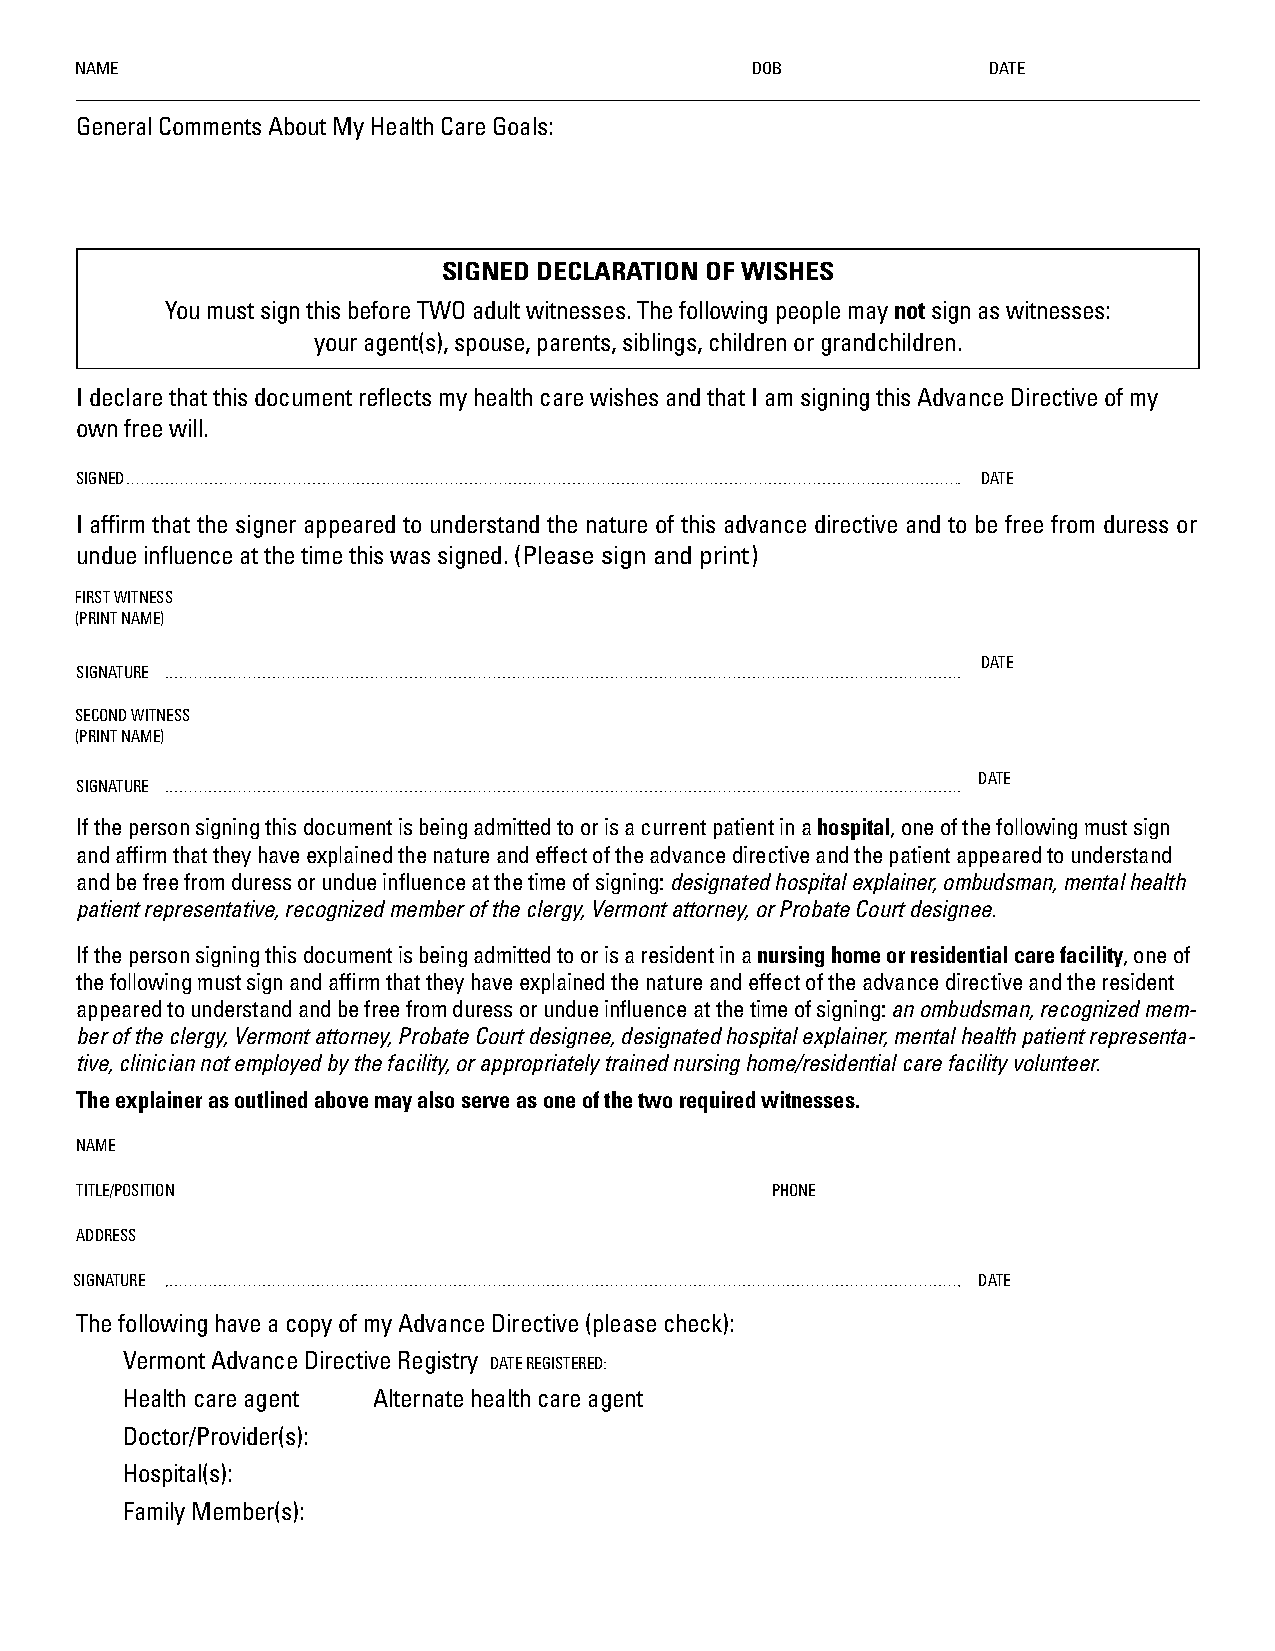
NAME                                         DOB            DATE
 General Comments About My Health Care Goals:
 SIGNED DECLARATION OF WISHES
 You must sign this before TWO adult witnesses. The following people may not sign as w itnesses:
 your agent(s), spouse, parents, siblings, children or grandchildren.
 I declare that this document reflects my health care wishes and that I am signing this Advance Directive of my
 own free will.
 SIGNED                                                      DATE
 I affirm that the signer appeared to understand the nature of this advance directive and to be free from duress or
 undue influence at the time this was signed. (Please sign and print)
 FIRST WITNESS
 (PRINT NAME)
 DATE
 SIGNATURE
 SECOND WITNESS
 (PRINT NAME)
 DATE
 SIGNATURE
 If the person signing this document is being admitted to or is a current patient in a hospital, one of the following must sign
 and affirm that they have explained the nature and effect of the advance directive and the patient appeared to understand
 and be free from duress or undue influence at the time of signing: designated hospital explainer, ombudsman, mental health
 patient representative, recognized member of the clergy, Vermont attorney, or Probate Court designee.
 If the person signing this document is being admitted to or is a resident in a nursing home or residential care facility, one of
 the following must sign and affirm that they have explained the nature and effect of the advance directive and the resident
 appeared to understand and be free from duress or undue influence at the time of signing: an ombudsman, recognized mem-
 ber of the clergy, Vermont attorney, Probate Court designee, designated hospital explainer, mental health patient representa-
 tive, clinician not employed by the facility, or appropriately trained nursing home/residential care facility volunteer.
 The explainer as outlined above may also serve as one of the two required witnesses.
 NAME
 TITLE/POSITION                                PHONE
 ADDRESS
 SIGNATURE                                                   DATE
 The following have a copy of my Advance Directive (please check):
 Vermont Advance Directive Registry DATE REGISTERED:
 Health care agent Alternate health care agent
 Doctor/Provider(s):
 Hospital(s):
 Family Member(s):